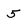
Character: 5